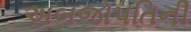
અબજોપતિની